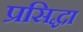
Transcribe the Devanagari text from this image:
प्रसिद्धा